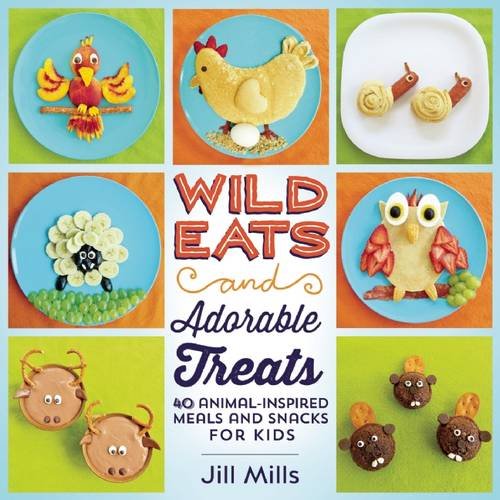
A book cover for Wild Eats and Adorable Treats: 40 Animal-Inspired Meals and Snacks for Kids; Jill Mills; Cookbooks, Food & Wine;